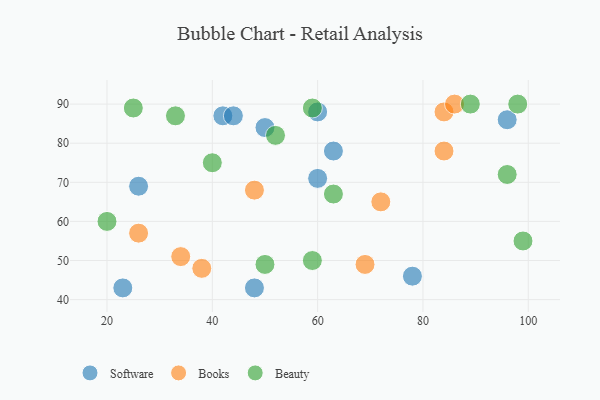
{"axis": {"x": "GDP", "y": "Life Expectancy"}, "legend": ["Beauty", "Books", "Software"], "data": [{"x": "50", "y": 84, "type": "Software"}, {"x": "48", "y": 43, "type": "Software"}, {"x": "26", "y": 69, "type": "Software"}, {"x": "60", "y": 71, "type": "Software"}, {"x": "60", "y": 88, "type": "Software"}, {"x": "63", "y": 78, "type": "Software"}, {"x": "96", "y": 86, "type": "Software"}, {"x": "78", "y": 46, "type": "Software"}, {"x": "42", "y": 87, "type": "Software"}, {"x": "23", "y": 43, "type": "Software"}, {"x": "44", "y": 87, "type": "Software"}, {"x": "38", "y": 48, "type": "Books"}, {"x": "84", "y": 88, "type": "Books"}, {"x": "34", "y": 51, "type": "Books"}, {"x": "84", "y": 78, "type": "Books"}, {"x": "69", "y": 49, "type": "Books"}, {"x": "86", "y": 90, "type": "Books"}, {"x": "72", "y": 65, "type": "Books"}, {"x": "48", "y": 68, "type": "Books"}, {"x": "26", "y": 57, "type": "Books"}, {"x": "63", "y": 67, "type": "Beauty"}, {"x": "59", "y": 89, "type": "Beauty"}, {"x": "25", "y": 89, "type": "Beauty"}, {"x": "52", "y": 82, "type": "Beauty"}, {"x": "98", "y": 90, "type": "Beauty"}, {"x": "33", "y": 87, "type": "Beauty"}, {"x": "20", "y": 60, "type": "Beauty"}, {"x": "96", "y": 72, "type": "Beauty"}, {"x": "89", "y": 90, "type": "Beauty"}, {"x": "59", "y": 50, "type": "Beauty"}, {"x": "40", "y": 75, "type": "Beauty"}, {"x": "99", "y": 55, "type": "Beauty"}, {"x": "50", "y": 49, "type": "Beauty"}]}